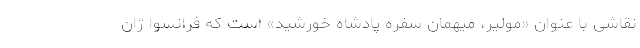
نقاشی با عنوان «مولیر، میهمان سفره پادشاه خورشید» است که فرانسوا ژان